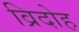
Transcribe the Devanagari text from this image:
व्रिदोह